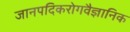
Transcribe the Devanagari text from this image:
जानपदिकरोगवैज्ञानिक